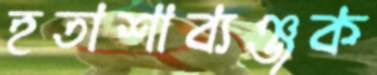
হতাশাব্যঞ্জক